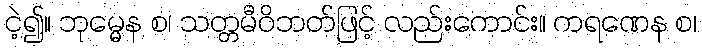
ငဲ့၍။ ဘုမ္မေန စ၊ သတ္တမီဝိဘတ်ဖြင့် လည်းကောင်း။ ကရဏေန စ၊